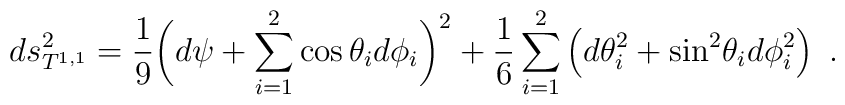
ds_{T^{1,1}}^2={1\over 9} \bigg(d\psi + \sum_{i=1}^2 \cos \theta_i d\phi_i\bigg)^2+{1\over 6} \sum_{i=1}^2 \left(d\theta_i^2 + {\rm sin}^2\theta_i d\phi_i^2 \right)\ .